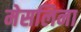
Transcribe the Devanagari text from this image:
मेसलिना